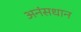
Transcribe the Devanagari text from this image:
अनंसधान